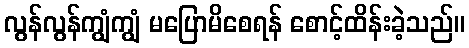
လွန်လွန်ကျွံကျွံ မပြောမိစေရန် စောင့်ထိန်းခဲ့သည်။